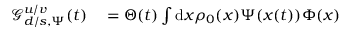
\begin{array} { r l } { \mathcal { G } _ { d / s , \Psi } ^ { u / v } ( t ) } & { { } = \Theta ( t ) \int \mathrm { d } \boldsymbol { x } \rho _ { 0 } ( \boldsymbol { x } ) \Psi ( \boldsymbol { x } ( t ) ) \Phi ( x ) } \end{array}